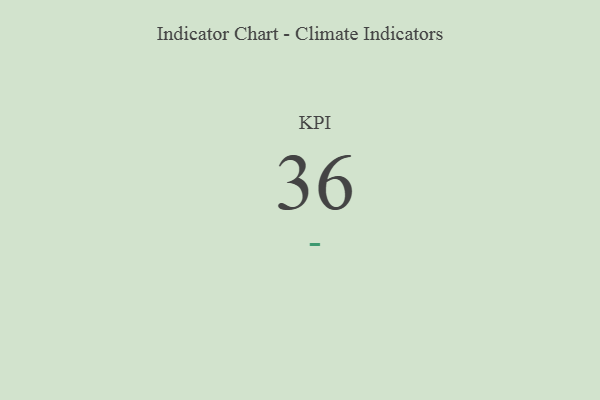
{"axis": {"x": "KPI", "y": "Value"}, "legend": [""], "data": [{"x": "KPI", "y": 36, "type": ""}]}